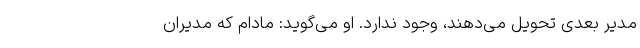
مدیر بعدی تحویل می‌دهند، وجود ندارد. او می‌گوید: مادام که مدیران